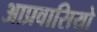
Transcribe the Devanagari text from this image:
आप्रवासियो